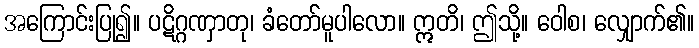
အကြောင်းပြု၍။ ပဋိဂ္ဂဏှာတု၊ ခံတော်မူပါလော။ ဣတိ၊ ဤသို့။ ဝေါစ၊ လျှောက်၏။